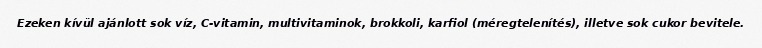
Ezeken kívül ajánlott sok víz, C-vitamin, multivitaminok, brokkoli, karfiol (méregtelenítés), illetve sok cukor bevitele.